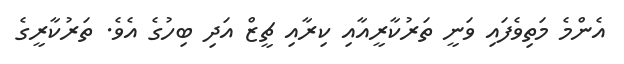
އެންމެ މަތިވެފައި ވަނީ ތަރުކާރީއާއި ކިރާއި ޗީޒް އަދި ބިހުގެ އެވެ. ތަރުކާރީގެ